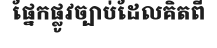
ផ្នែកផ្លូវច្បាប់ដែលគិតពី